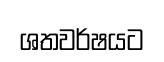
ශතවර්ෂයට